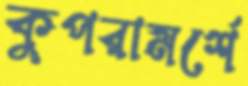
কুপরামর্শে